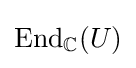
\operatorname {End} _{\mathbb {C} }(U)